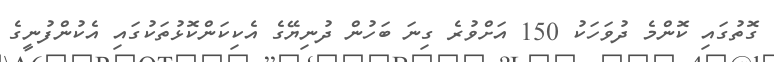
ގޮތުގައި ކޮންމެ ދުވަހަކު 150 އަށްވުރެ ގިނަ ބަހުން ދުނިޔޭގެ އެކިކަންކޮޅުތަކުގައި އެކުންފުނީގެ